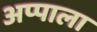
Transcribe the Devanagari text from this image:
अप्पाला